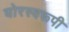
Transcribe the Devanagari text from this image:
घोरस्वरूपी